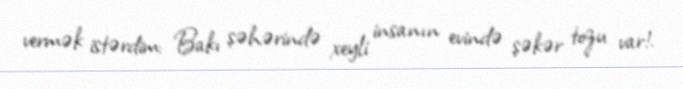
vermək istərdim: Bakı şəhərində xeyli insanın evində şəkər tozu var!.